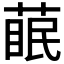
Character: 𮐊